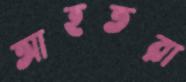
আহতরা